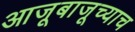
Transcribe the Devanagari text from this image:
आजूबाजूच्याच